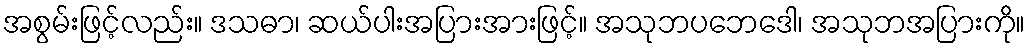
အစွမ်းဖြင့်လည်း။ ဒသဓာ၊ ဆယ်ပါးအပြားအားဖြင့်။ အသုဘပဘေဒေါ၊ အသုဘအပြားကို။